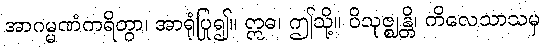
အာဂမ္မဏံကရိတွာ၊ အာရုံပြု၍။ ဣဓ၊ ဤသို့။ ဝိသုဇ္ဈန္တိ၊ ကိလေသာသမှ